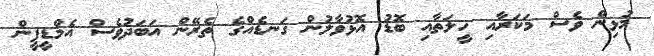
މުޅިން ވެސް މަކަރާއި ހީލަތާއި ބޮޑު އޮޅުވާލުން ގަނޑެއްގެ ތެރޭން އަބަދުވެސް އެމްޑީޕީން